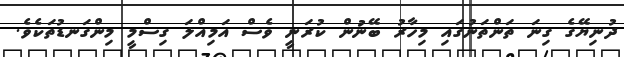
ދުނިޔޭގެ ގިނަ ތަންތަނުގައި މިހާރު ބޭނުން ކުރަނީ ވެސް އަމިއްލަ ގިސްމީ މިންގަނޑުތަކެވެ.